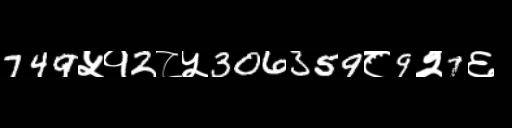
Text: 749५१2८५306359८9२7६